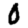
Digit: 0